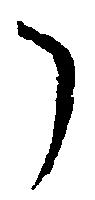
了